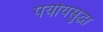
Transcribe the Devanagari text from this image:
पर्यायसुद्धा